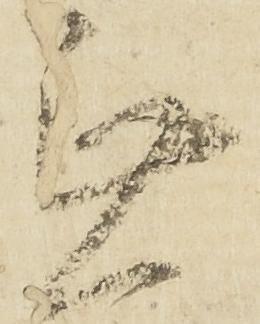
無